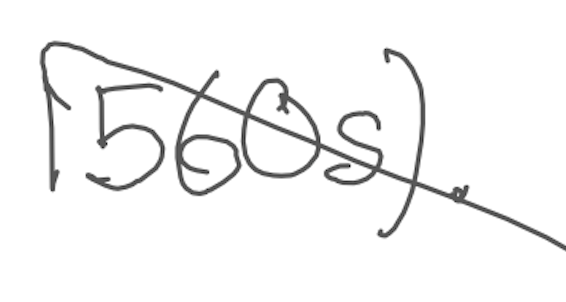
Text: 1560s).
Cross-out: diagonal
Writing tool: digital_gray